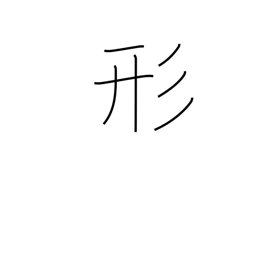
Meaning: form